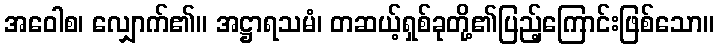
အဝေါစ၊ လျှောက်၏။ အဋ္ဌာရသမံ၊ တဆယ့်ရှစ်ခုတို့၏ပြည့်ကြောင်းဖြစ်သော။